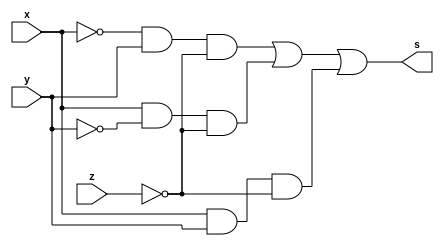
/*
 Guia_0601b.v - v0.0. - 28 / 08 / 2022
 Autor    : Gabriel Vargas Bento de Souza
 Matricula: 778023
 */

/* 
 Soma dos produtos
               ___
f(x, y, z) =  \   m (2, 4, 6)  = SoP(2,4,6)
              /___
*/

/**
 SoP(2,4,6) = x'.y.z' + x.y'.z' + x.y.z'
 */
module SoP (output s,
            input  x, y, z);
   assign s = (~x &  y & ~z)  // 2
            | ( x & ~y & ~z)  // 4
            | ( x &  y & ~z); // 6
endmodule // SoP

/**
 SoP(2,4,6)_Simplificado = y.z'+ x.z'
 */
module SoP_simple (output s,
                   input  x, y, z);
   assign s = ( x & ~z)
            | ( y & ~z);
endmodule // SoP_simple

/**
  Guia_0601b.v
 */
module Guia_0601b;
   reg  x, y, z;
   wire s1, s2;
   
   // instancias
   SoP        SOP1 (s1, x, y, z);
   SoP_simple SOP2 (s2, x, y, z);
   
   // valores iniciais
   initial begin: start
      x=1'bx; y=1'bx; z=1'bx;
   end

   // parte principal
   initial begin: main
       $display("Gabriel Vargas Bento de Souza - 778023");
       $display("Guia_06");
       $display("\n01.b) SoP (2, 4, 6)\n");

       // monitoramento
       $display(" x  y  z  s1  s2");
       $monitor("%2b %2b %2b %2b %3b", x,  y,  z,  s1, s2);

       // sinalizacao
          x=0; y=0; z=0;
       #1           z=1;
       #1      y=1; z=0;
       #1           z=1;
       #1 x=1; y=0; z=0;
       #1           z=1;
       #1      y=1; z=0;
       #1           z=1;
   end
endmodule // Guia_0601b

/*
C:\Users\Gabriel\Desktop\CC-PUC\2Periodo\ARQ1\Tarefas\Guia06>vvp Guia_0601b.vvp
Gabriel Vargas Bento de Souza - 778023
Guia_06

01.b) SoP (2, 4, 6)

 x  y  z  s1  s2
 0  0  0  0   0
 0  0  1  0   0
 0  1  0  1   1
 0  1  1  0   0
 1  0  0  1   1
 1  0  1  0   0
 1  1  0  1   1
 1  1  1  0   0
*/